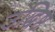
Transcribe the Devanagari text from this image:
उद्धिष्ठ